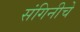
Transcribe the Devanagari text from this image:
संगिनीचे